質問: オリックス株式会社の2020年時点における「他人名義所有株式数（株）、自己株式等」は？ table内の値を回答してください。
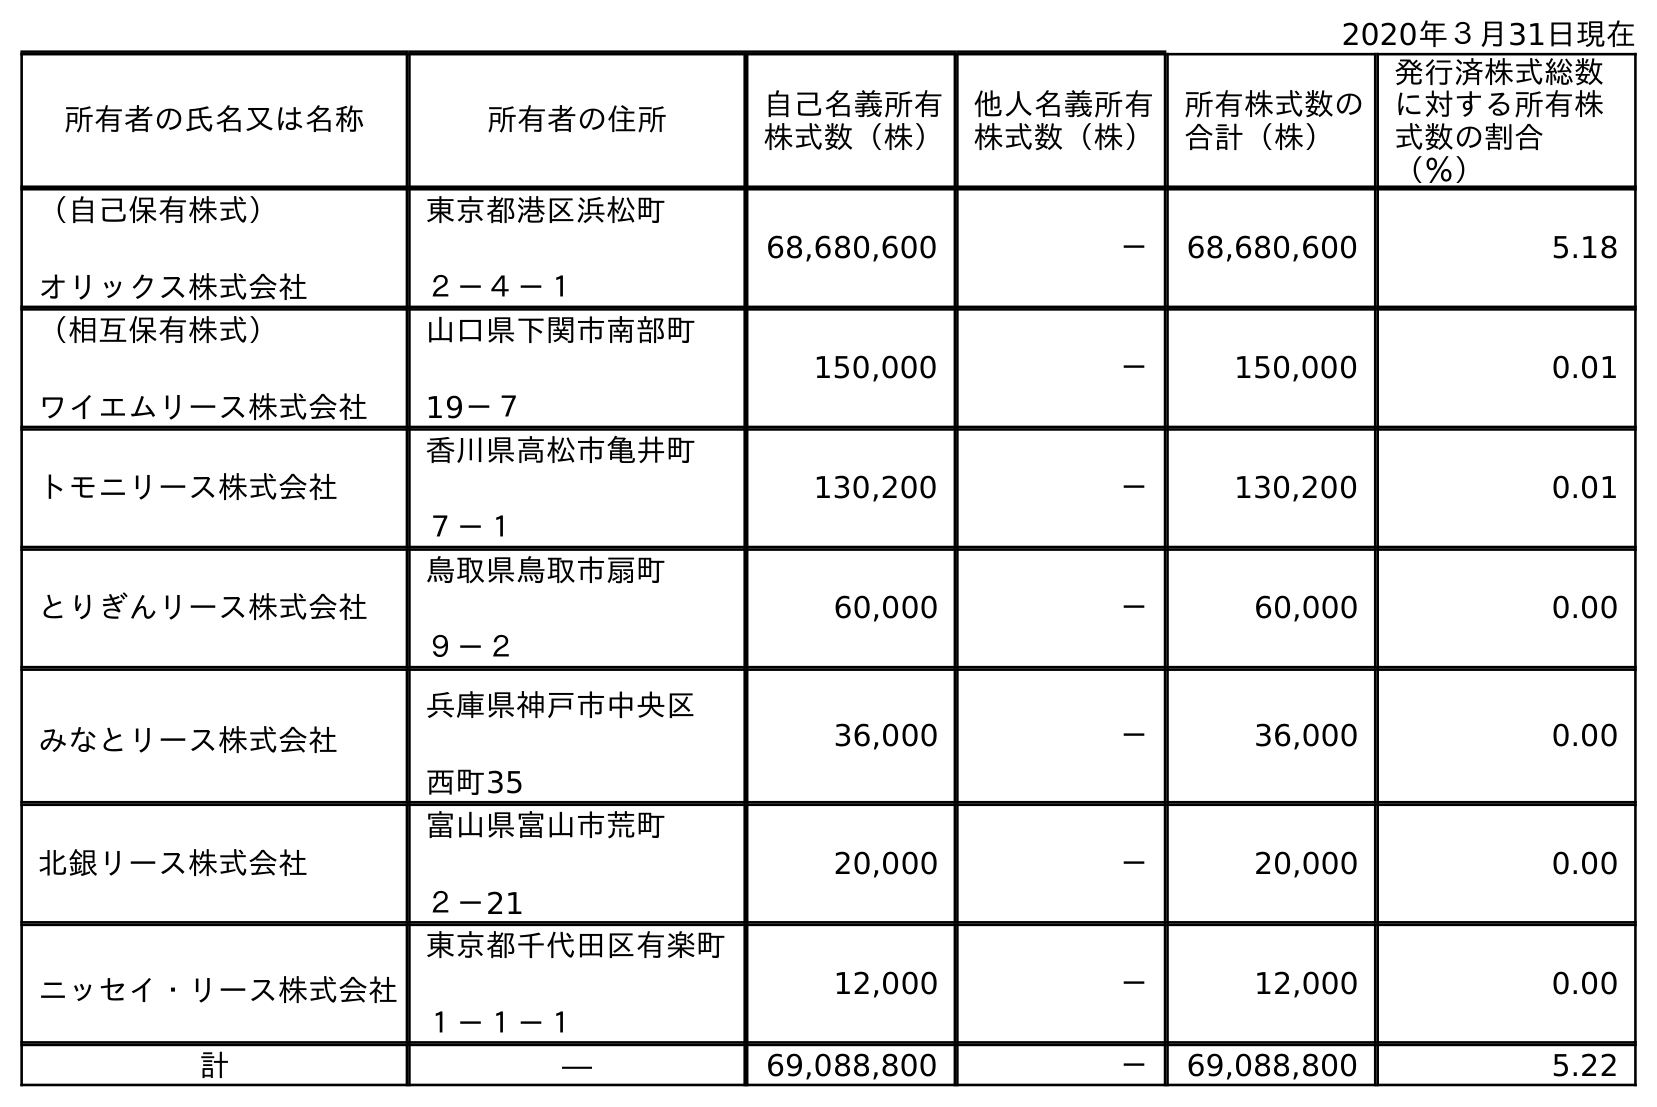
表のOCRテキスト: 2020年３月31日現在 所有者の氏名又は名称 所有者の住所 自己名義所有 株式数（株） 他人名義所有 株式数（株） 所有株式数の 合計（株） 発行済株式総数 に対する所有株 式数の割合 （％） （自己保有株式） オリックス株式会社 東京都港区浜松町 ２－４－１ 68,680,600 － 68,680,600 5.18 （相互保有株式） ワイエムリース株式会社 山口県下関市南部町 19－７ 150,000 － 150,000 0.01 トモニリース株式会社 香川県高松市亀井町 ７－１ 130,200 － 130,200 0.01 とりぎんリース株式会社 鳥取県鳥取市扇町 ９－２ 60,000 － 60,000 0.00 みなとリース株式会社 兵庫県神戶市中央区 西町35 36,000 － 36,000 0.00 北銀リース株式会社 富山県富山市荒町 ２－21 20,000 － 20,000 0.00 ニッセイ・リース株式会社 東京都千代田区有楽町 １－１－１ 12,000 － 12,000 0.00 計 ― 69,088,800 － 69,088,800 5.22
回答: －